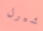
شيرل